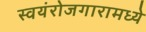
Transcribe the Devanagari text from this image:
स्वयंरोजगारामध्ये